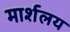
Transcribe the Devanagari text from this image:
मार्शलय